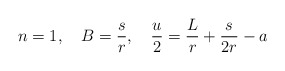
\begin{align*}n=1,~~~B={s\over r},~~~{u\over 2}={L\over r}+{s\over 2r}-a\end{align*}